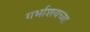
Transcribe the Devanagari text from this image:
गर्भाशयच्या